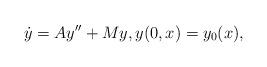
LaTeX: \begin{align*}\dot y=Ay''+My, y(0,x)=y_0(x),\end{align*}